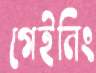
গেইনিং